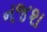
નજશ